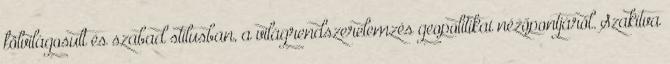
fölvilágosult és szabad stílusban, a világrendszerelemzés geopolitikai nézőpontjáról. Szakítva